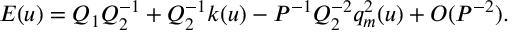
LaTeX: E ( u ) = Q _ { 1 } Q _ { 2 } ^ { - 1 } + Q _ { 2 } ^ { - 1 } k ( u ) - P ^ { - 1 } Q _ { 2 } ^ { - 2 } q _ { m } ^ { 2 } ( u ) + { \cal O } ( P ^ { - 2 } ) .